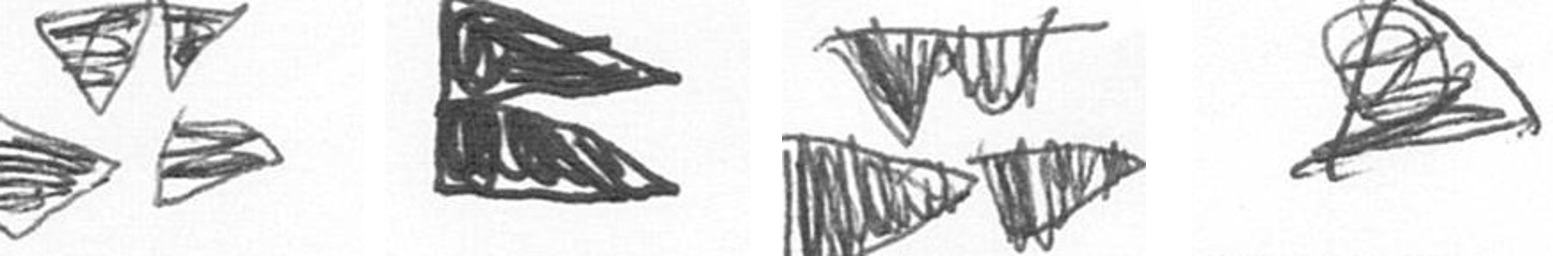
B P B O